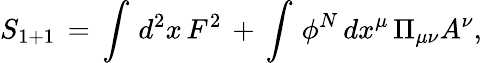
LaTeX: S_{1+1}\, =\, \int\, d^{2}x\, F^{2}\, +\, \int\, \phi^{N}\, dx^{\mu}\, \Pi_{\mu\nu}A^{\nu},